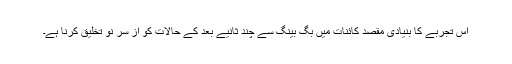
اس تجربے کا بنیادی مقصد کائنات میں بِگ بینگ سے چند ثانیے بعد کے حالات کو از سرِ نو تخلیق کرنا ہے۔